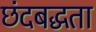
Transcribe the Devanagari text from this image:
छंदबद्धता